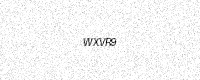
Text: WXVR9